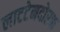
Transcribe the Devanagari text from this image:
लाटटेनदोरफ